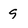
Character: 9